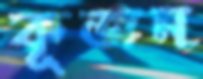
কূজন